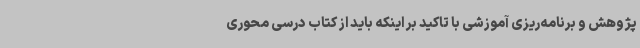
پژوهش و برنامه‌ریزی آموزشی با تاکید بر اینکه باید از کتاب درسی محوری